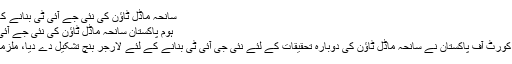
سانحہ ماڈل ٹاؤن کی نئی جے آئی ٹی بنانے کا حکم مل گیا - سچ ٹائمز
ہوم پاکستان سانحہ ماڈل ٹاؤن کی نئی جے آئی ٹی بنانے کا حکم مل...
لاہور (سچ ٹائمز) سپریم کورٹ آف پاکستان نے سانحہ ماڈل ٹاؤن کی دوبارہ تحقیقات کے لئے نئی جی آئی ٹی بنانے کے لئے لارجر بنچ تشکیل دے دیا، ملزمان دوبارہ طلب ہوں گے۔